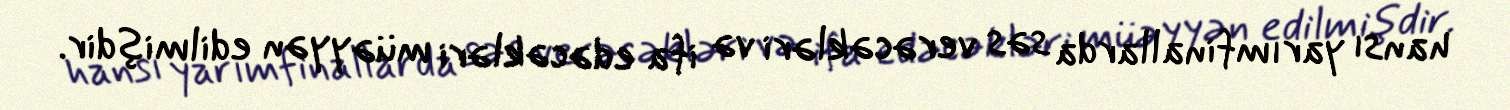
hansı yarımfinallarda səs verəcəkləri və ifa edəcəkləri müəyyən edilmişdir.